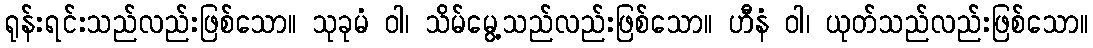
ရုန်းရင်းသည်လည်းဖြစ်သော။ သုခုမံ ဝါ၊ သိမ်မွေ့သည်လည်းဖြစ်သော။ ဟီနံ ဝါ၊ ယုတ်သည်လည်းဖြစ်သော။